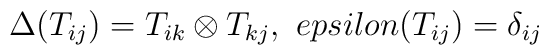
\Delta (T_{ij})=T_{ik}\otimes T_{kj},\ \ \\epsilon (T_{ij})=\delta_{ij}